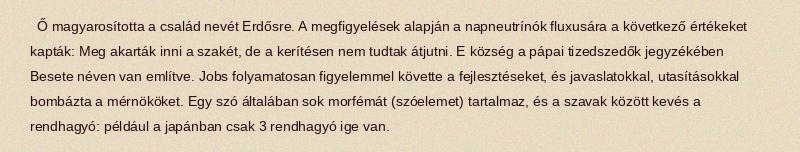
Ő magyarosította a család nevét Erdősre. A megfigyelések alapján a napneutrínók fluxusára a következő értékeket kapták: Meg akarták inni a szakét, de a kerítésen nem tudtak átjutni. E község a pápai tizedszedők jegyzékében Besete néven van említve. Jobs folyamatosan figyelemmel követte a fejlesztéseket, és javaslatokkal, utasításokkal bombázta a mérnököket. Egy szó általában sok morfémát (szóelemet) tartalmaz, és a szavak között kevés a rendhagyó: például a japánban csak 3 rendhagyó ige van.